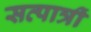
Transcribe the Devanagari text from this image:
सत्पात्रीं